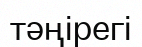
тәңірегі